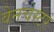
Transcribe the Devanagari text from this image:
वेनचेस्टर